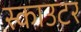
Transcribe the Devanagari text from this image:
स्काउटर